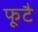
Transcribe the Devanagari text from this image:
फूटै